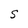
Character: S